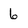
Character: 6